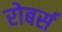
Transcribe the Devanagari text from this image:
रोबर्स